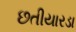
છતીયારડા